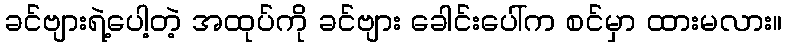
ခင်ဗျားရဲ့ပေါ့တဲ့ အထုပ်ကို ခင်ဗျား ခေါင်းပေါ်က စင်မှာ ထားမလား။